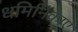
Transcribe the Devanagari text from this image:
धमिनिकाए